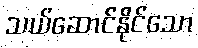
သယ်ဆောင်နိုင်သော